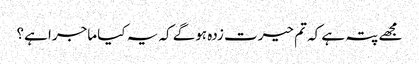
مجھے پتہ ہے کہ تم حیرت زدہ ہوگے کہ یہ کیا ماجرا ہے؟